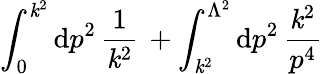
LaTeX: \int_{0}^{\mathit{k}^{2}}\mathrm{{d}}p^{2}\, \frac{{1}}{{\mathit{k}^{2}}}\, +\int_{\mathit{k}^{2}}^{\Lambda^{2}}\mathrm{{d}}p^{2}\, \frac{{\mathit{k}^{2}}}{{p^{4}}}